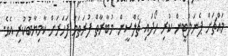
މައްޗަށް ޕެނަލްޓީން ކުރި ހޯދައި ޗެލްސީން މުބާރާތް ފުރަތަމަ ފަހަރަށް ކާމިޔާބުކުރި އެވެ.